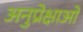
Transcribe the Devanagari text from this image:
अनुप्रेक्षाओं